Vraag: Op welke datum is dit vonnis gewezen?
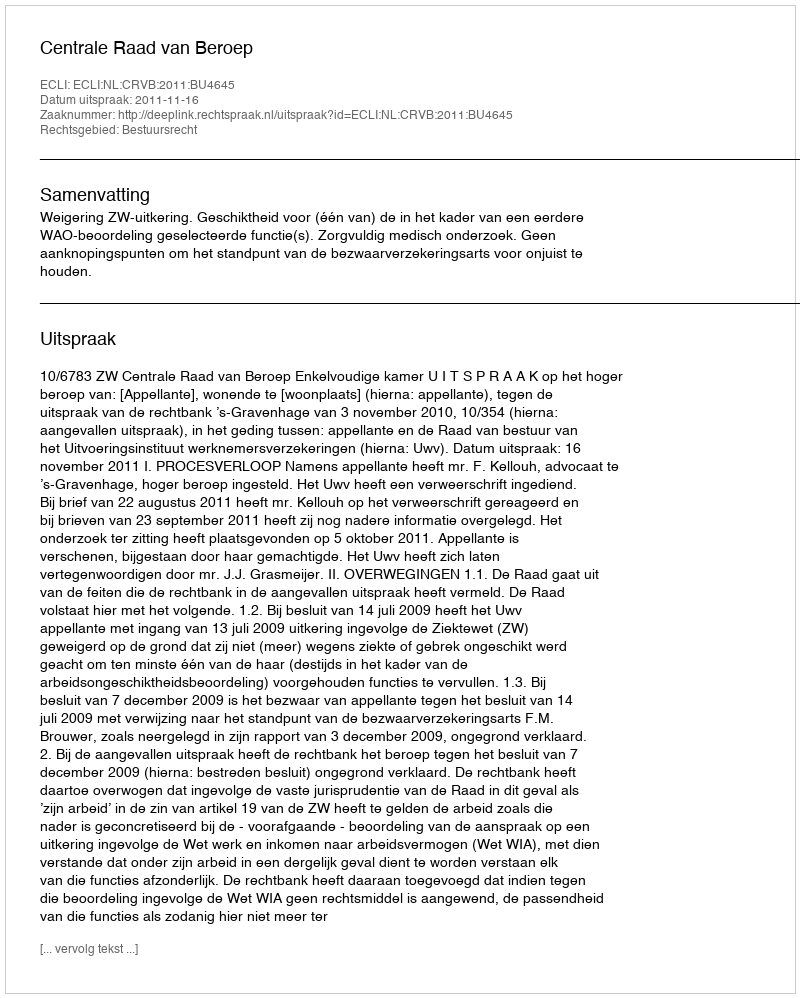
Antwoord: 2011-11-16